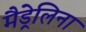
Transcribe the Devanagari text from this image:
मैड्रेलिना